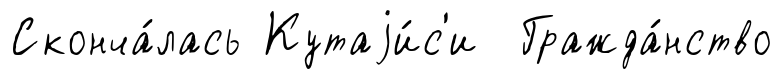
Сконча́лась Кутаjи́с'и Гражда́нство